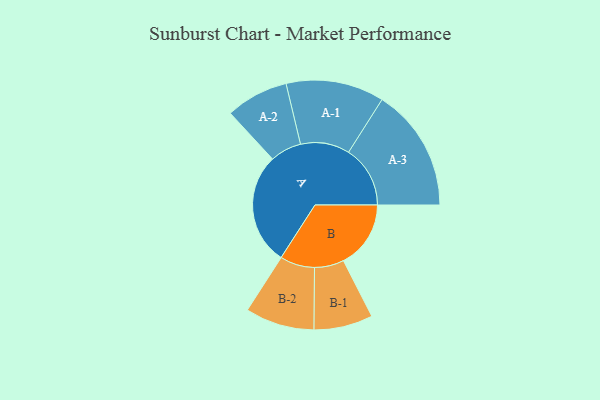
{"axis": {"x": "Segment", "y": "Value"}, "legend": ["", "A", "B"], "data": [{"x": "A", "y": 410, "type": ""}, {"x": "B", "y": 247, "type": ""}, {"x": "A-1", "y": 180, "type": "A"}, {"x": "A-2", "y": 115, "type": "A"}, {"x": "A-3", "y": 226, "type": "A"}, {"x": "B-1", "y": 108, "type": "B"}, {"x": "B-2", "y": 127, "type": "B"}]}